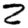
Digit: 2